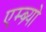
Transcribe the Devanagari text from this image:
एम्ब्र्यो